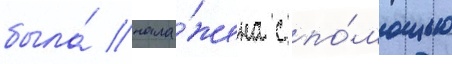
была́ нала́жена с по́мощью